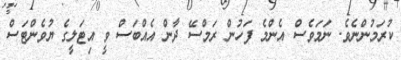
ކުރަމުންނެވެ. ނަމަވެސް އެންމެ ފަހުން ރަމްސޭ ދާން އެއްބަސް ވީ އިޓަލީގެ ޔުވެންޓަސް